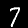
Digit: 7